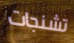
تشنجات